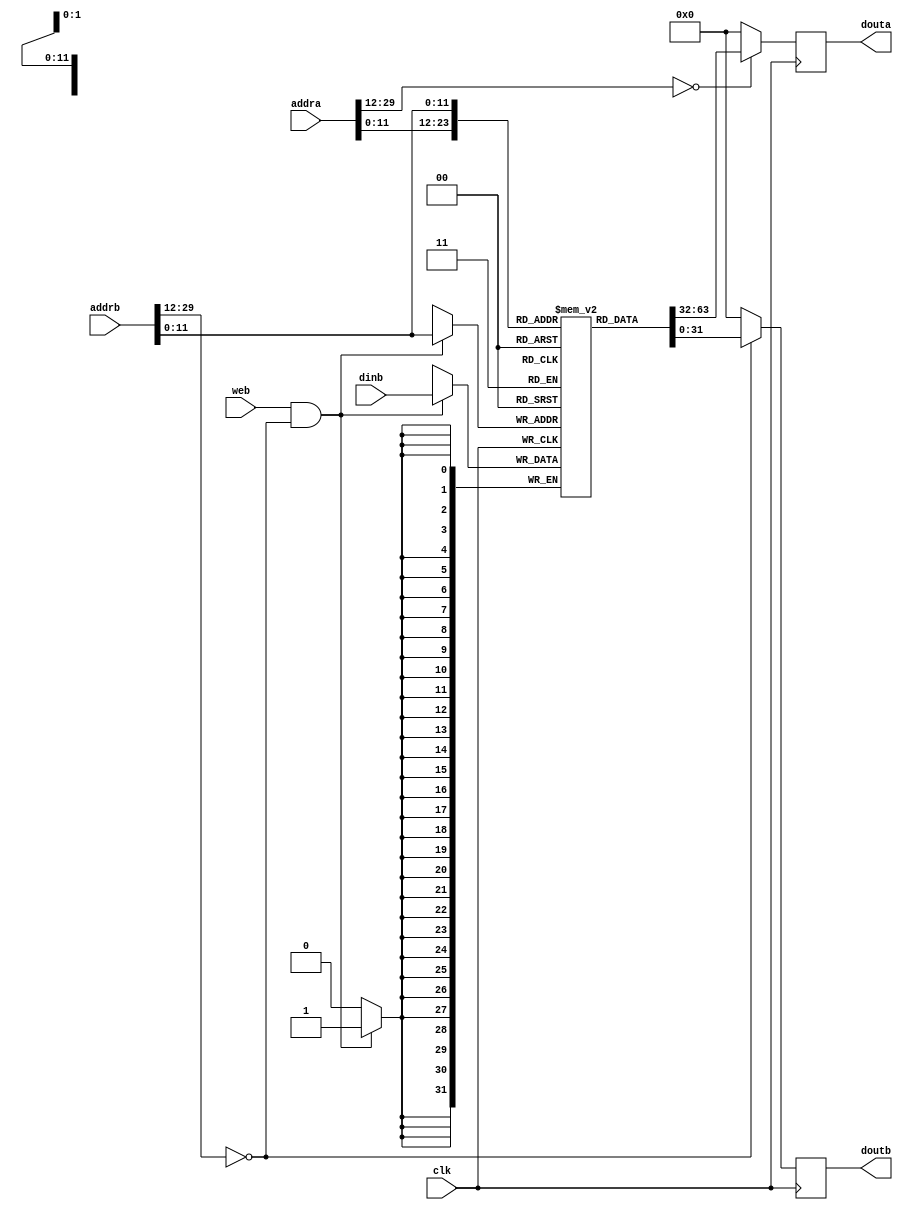
`timescale 1ns / 1ps
//////////////////////////////////////////////////////////////////////////////////
// Company: USTC ESLAB
// 
// Design Name: RISCV-Pipline CPU
// Module Name: InstructionRamWrapper
// Target Devices: Nexys4
// Tool Versions: Vivado 2017.4.1
// Description: a Verilog-based ram which can be systhesis as BRAM
// 
//////////////////////////////////////////////////////////////////////////////////
module InstructionRam(
    input  clk,
    input  web,
    input  [31:2] addra, addrb,
    input  [31:0] dinb,
    output reg [31:0] douta, doutb
);
initial begin douta=0; doutb=0; end

wire addra_valid = ( addra[31:14]==18'h0 );
wire addrb_valid = ( addrb[31:14]==18'h0 );
wire [11:0] addral = addra[13:2];
wire [11:0] addrbl = addrb[13:2];

reg [31:0] ram_cell [0:4095];

initial begin    // you can add simulation instructions here
    ram_cell[0] = 32'h00000000;
        // ......
end

always @ (posedge clk)
    douta <= addra_valid ? ram_cell[addral] : 0;
    
always @ (posedge clk)
    doutb <= addrb_valid ? ram_cell[addrbl] : 0;

always @ (posedge clk)
    if(web & addrb_valid) 
        ram_cell[addrbl] <= dinb;

endmodule

//
    //bramabdebug_module
    //1bitbyte write
//
    //clk               
    //addra             a
    //addrb             b
    //dinb              b
    //web               b
//
    //douta             a
    //doutb             b
//  
    //